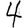
Digit: 4